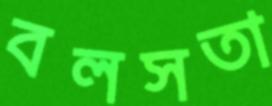
বলসতা